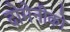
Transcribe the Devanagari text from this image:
दोमेनीको